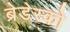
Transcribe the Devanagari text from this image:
ब्रेडेस्को